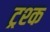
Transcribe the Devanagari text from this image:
ट्रश्क